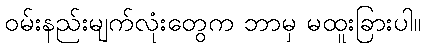
ဝမ်းနည်းမျက်လုံးတွေက ဘာမှ မထူးခြားပါ။